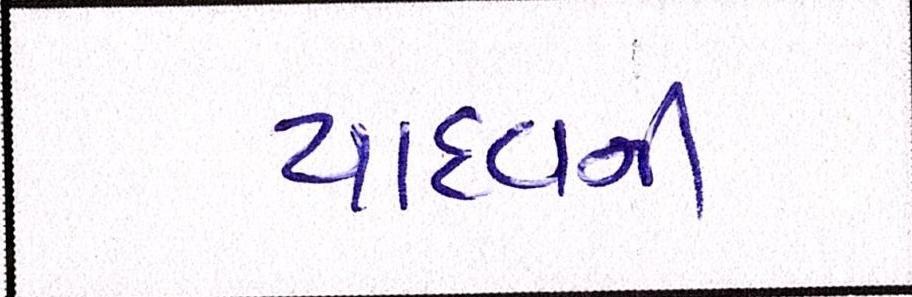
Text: યાદવની